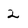
Character: 2